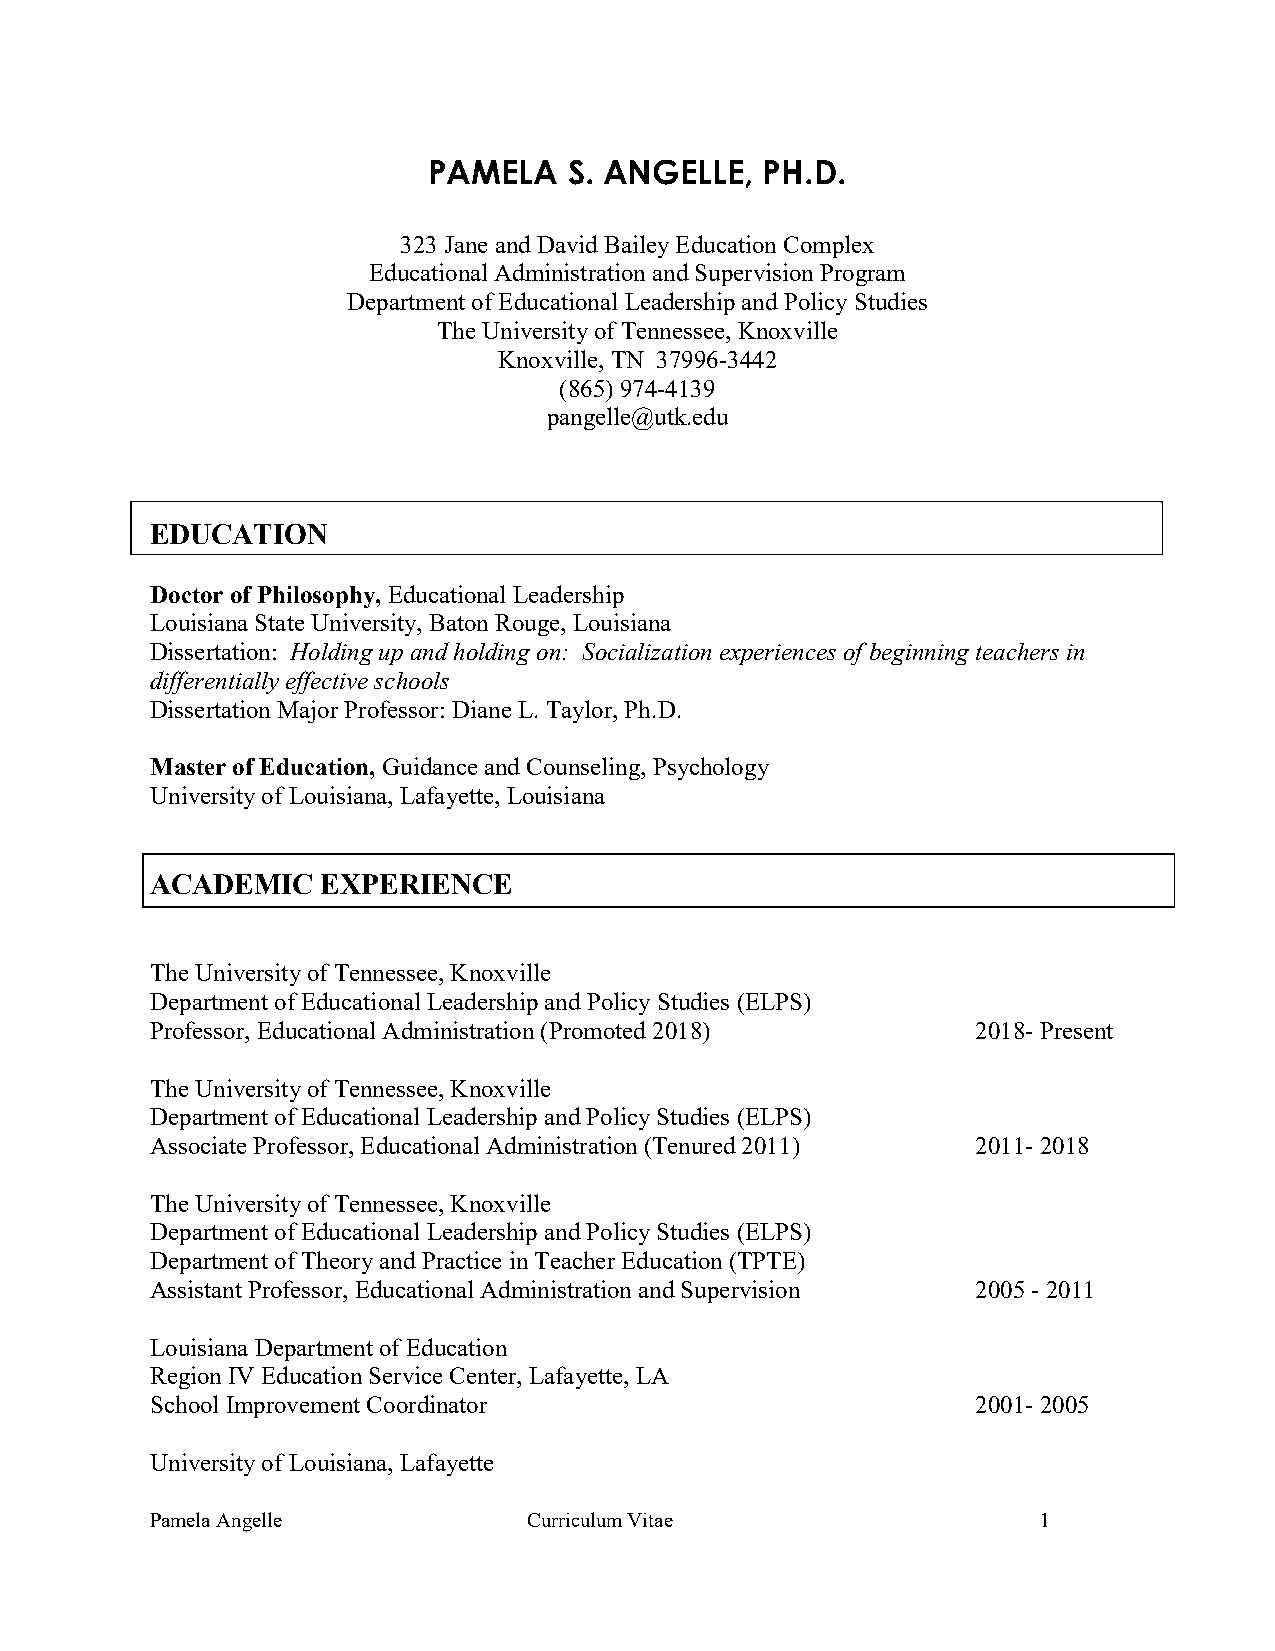
PAMELA    S. ANGELLE,  PH.D.
 323 Jane and David Bailey Education Complex
 Educational Administration and Supervision Program
 Department of Educational Leadership and Policy Studies
 The University of Tennessee, Knoxville
 Knoxville, TN 37996-3442
 (865) 974-4139
 pangelle@utk.edu
 EDUCATION
 Doctor of Philosophy, Educational Leadership
 Louisiana State University, Baton Rouge, Louisiana
 Dissertation: Holding up and holding on: Socialization experiences of beginning teachers in
 differentially effective schools
 Dissertation Major Professor: Diane L. Taylor, Ph.D.
 Master of Education, Guidance and Counseling, Psychology
 University of Louisiana, Lafayette, Louisiana
 ACADEMIC   EXPERIENCE
 The University of Tennessee, Knoxville
 Department of Educational Leadership and Policy Studies (ELPS)
 Professor, Educational Administration (Promoted 2018)  2018- Present
 The University of Tennessee, Knoxville
 Department of Educational Leadership and Policy Studies (ELPS)
 Associate Professor, Educational Administration (Tenured 2011) 2011- 2018
 The University of Tennessee, Knoxville
 Department of Educational Leadership and Policy Studies (ELPS)
 Department of Theory and Practice in Teacher Education (TPTE)
 Assistant Professor, Educational Administration and Supervision 2005 - 2011
 Louisiana Department of Education
 Region IV Education Service Center, Lafayette, LA
 School Improvement Coordinator                         2001- 2005
 University of Louisiana, Lafayette
 Pamela Angelle           Curriculum Vitae                  1